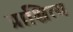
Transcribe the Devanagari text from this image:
प्राश्चित्य